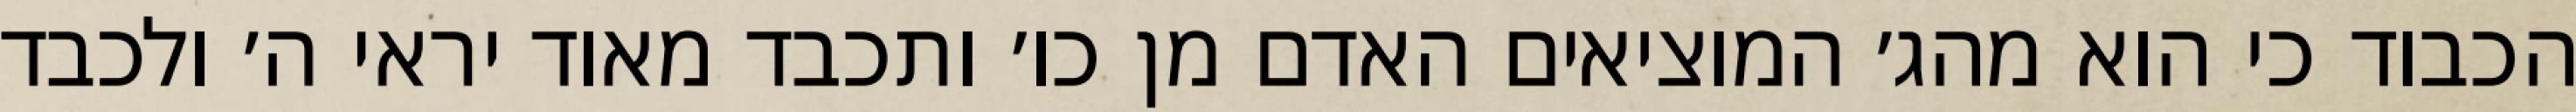
הכבוד כי הוא מהג׳ המוציאים האדם מן כו׳ ותכבד מאוד יראי ה׳ ולכבד